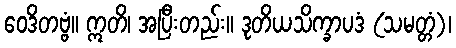
ဝေဒိတဗ္ဗံ။ ဣတိ၊ အပြီးတည်း။ ဒုတိယသိက္ခာပဒံ (သမတ္တံ)၊